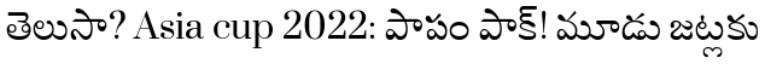
తెలుసా? Asia cup 2022: పాపం పాక్! మూడు జట్లకు